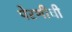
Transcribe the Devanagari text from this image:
पेरणीची